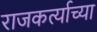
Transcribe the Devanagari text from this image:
राजकर्त्याच्या